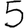
Digit: 5